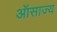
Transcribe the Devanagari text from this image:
ऑसाज्य